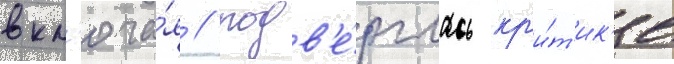
вкл'юча́я // Подв'е́рглась кр'и́т'ик'е